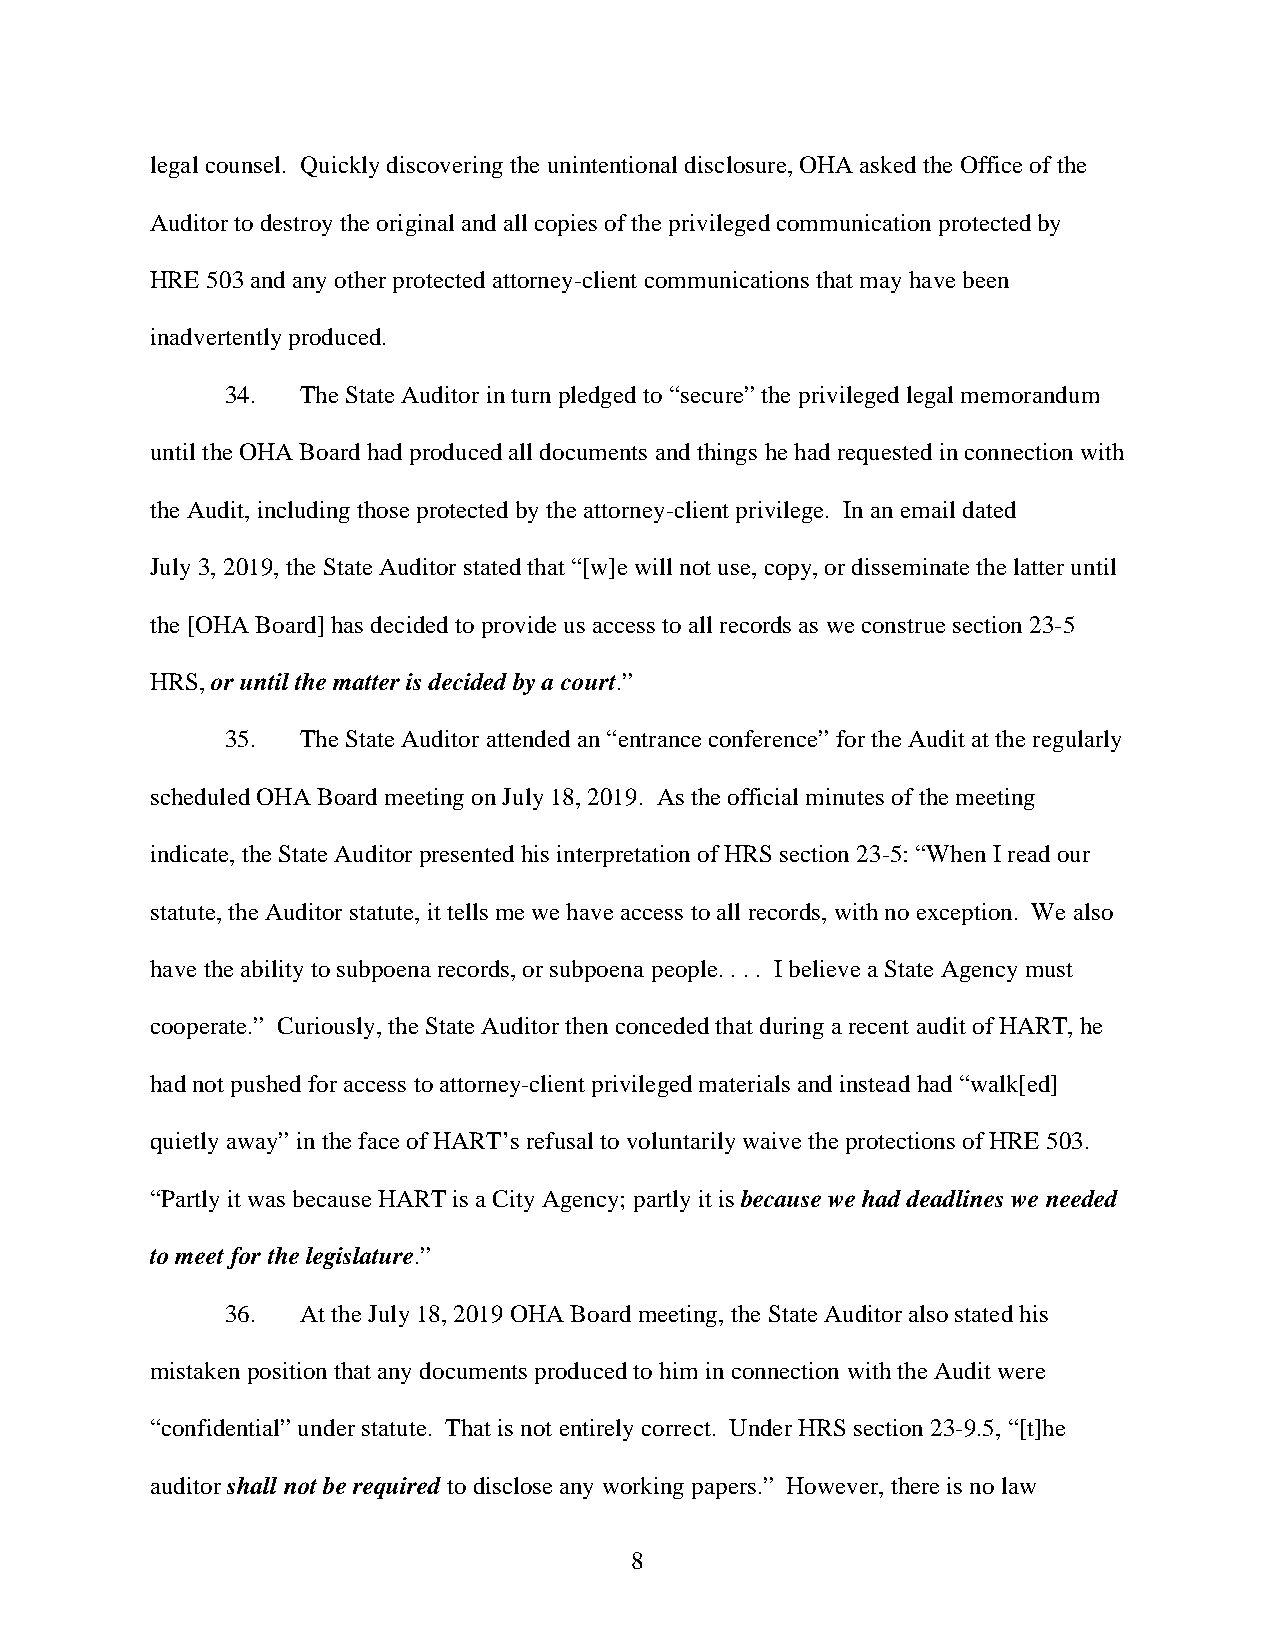
legal counsel. Quickly discovering the unintentional disclosure, OHA asked the Office of the
 Auditor to destroy the original and all copies of the privileged communication protected by
 HRE 503 and any other protected attorney-client communications that may have been
 inadvertently produced.
 34.  The State Auditor in turn pledged to “secure” the privileged legal memorandum
 until the OHA Board had produced all documents and things he had requested in connection with
 the Audit, including those protected by the attorney-client privilege. In an email dated
 July 3, 2019, the State Auditor stated that “[w]e will not use, copy, or disseminate the latter until
 the [OHA Board] has decided to provide us access to all records as we construe section 23-5
 HRS, or until the matter is decided by a court.”
 35.  The State Auditor attended an “entrance conference” for the Audit at the regularly
 scheduled OHA Board meeting on July 18, 2019. As the official minutes of the meeting
 indicate, the State Auditor presented his interpretation of HRS section 23-5: “When I read our
 statute, the Auditor statute, it tells me we have access to all records, with no exception. We also
 have the ability to subpoena records, or subpoena people. . . . I believe a State Agency must
 cooperate.” Curiously, the State Auditor then conceded that during a recent audit of HART, he
 had not pushed for access to attorney-client privileged materials and instead had “walk[ed]
 quietly away” in the face of HART’s refusal to voluntarily waive the protections of HRE 503.
 “Partly it was because HART is a City Agency; partly it is because we had deadlines we needed
 to meet for the legislature.”
 36.  At the July 18, 2019 OHA Board meeting, the State Auditor also stated his
 mistaken position that any documents produced to him in connection with the Audit were
 “confidential” under statute. That is not entirely correct. Under HRS section 23-9.5, “[t]he
 auditor shall not be required to disclose any working papers.” However, there is no law
 8